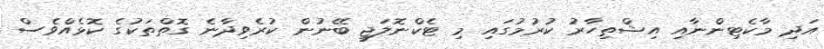
އަދި މާކެޓިންނާއި އިޝްތިހާރު ކުރުމުގައި މި ޓެކްނޮލަޖީ ބޭނުން ކުރެވިދާނެ ގޮތްތަކުގެ ކޮޅެއްވެސް